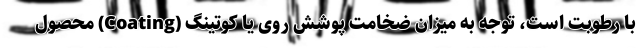
با رطوبت است، توجّه به میزان ضخامت پوشش روی یا کوتینگ (Coating) محصول